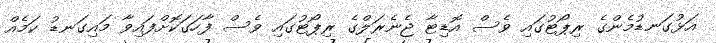
އަޅުގަނޑުމެންގެ ރިޕޯޓުގައި ވެސް އޮޑިޓާ ޖެނެރަލްގެ ރިޕޯޓުގައި ވެސް ފާހަގަކޮށްފައިވާ މައިގަނޑު ކަމެއް